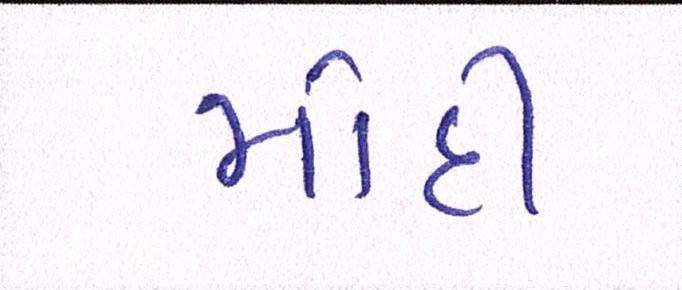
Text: મોદી